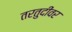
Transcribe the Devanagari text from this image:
तरतुदींवर